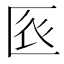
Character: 𠤺